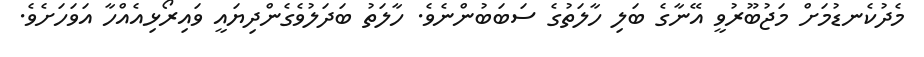
މެދުކެނޑުމަށް މަޖުބޫރުވީ އޭނާގެ ބަލި ހާލަތުގެ ސަބަބުންނެވެ. ހާލަތު ބަދަލުވެގެންދިޔައީ ވައިރޯޅިއެއްހާ އަވަހަށެވެ.